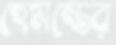
হেমন্তের